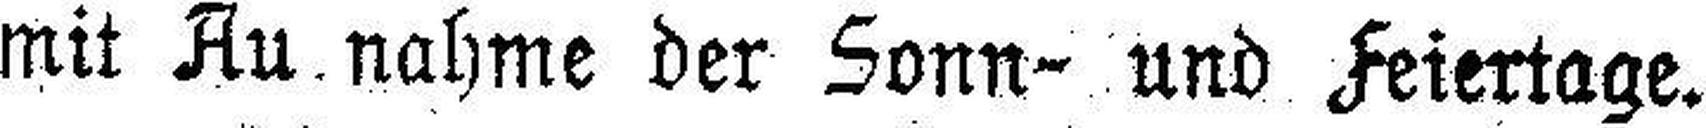
mit Aufnahme der Sonn= und Feiertage.